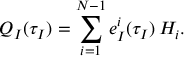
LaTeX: Q _ { I } ( \tau _ { I } ) = \sum _ { i = 1 } ^ { N - 1 } e _ { I } ^ { i } ( \tau _ { I } ) \, H _ { i } .